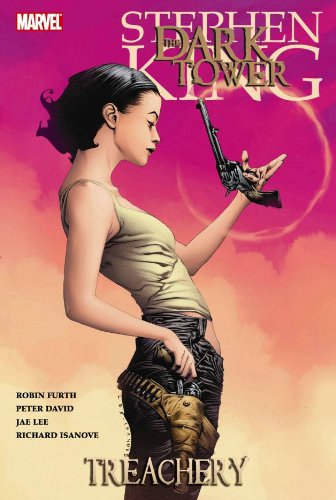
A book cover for Dark Tower: Treachery; Stephen King; Comics & Graphic Novels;